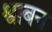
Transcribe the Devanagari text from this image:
श्वाबन